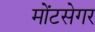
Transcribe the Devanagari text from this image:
मोंटसेगर